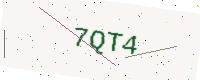
Text: 7QT4